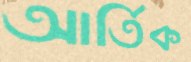
আর্তিক